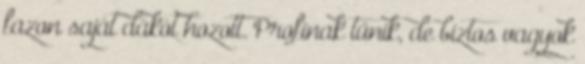
fazon saját dákót hozott. Profinak tűnik, de biztos vagyok